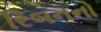
રિબનનો